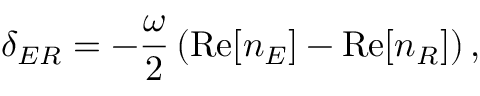
\delta _ { E R } = - \frac { \omega } { 2 } \left( \mathrm { R e } [ n _ { E } ] - \mathrm { R e } [ n _ { R } ] \right) ,